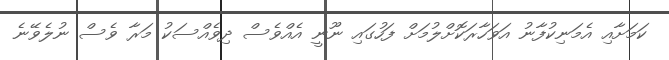
ކަމަށާއި އެމަނިކުފާނު އަވަހާރަކޮށްލުމަށް ފަހުގައި ނޫނީ އެއްވެސް ދިވެއްސަކު މަރާ ވެސް ނުލެވޭނެ